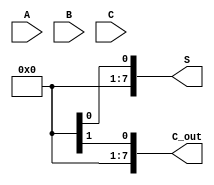
module CarrySaveAdder #(parameter N = 8) (
    input  wire [N-1:0] A,     // First operand
    input  wire [N-1:0] B,     // Second operand
    input  wire [N-1:0] C,     // Third operand
    output wire [N-1:0] S,     // Final sum output
    output wire [N-1:0] C_out   // Final carry output
);

    // Intermediate signals for partial sums and carries
    wire [N-1:0] P_sum; // Partial sum
    wire [N-1:0] P_carry; // Partial carry

    // Generate partial sums and carries
    genvar i;
    generate
        for (i = 0; i < N; i = i + 1) begin : CSA
            assign P_sum[i] = A[i] ^ B[i] ^ C[i]; // Partial sum
            assign P_carry[i] = (A[i] & B[i]) | (B[i] & C[i]) | (C[i] & A[i]); // Partial carry
        end
    endgenerate

    // Reduction tree to combine partial sums and carries
    wire [N-1:0] R_sum; // Reduced sum
    wire [N-1:0] R_carry; // Reduced carry

    // Full adder for reduction
    generate
        for (i = 0; i < N-1; i = i + 1) begin : ReductionTree
            if (i == 0) begin
                assign R_sum[i] = P_sum[i]; // Start with the first partial sum
                assign R_carry[i] = P_carry[i]; // Start with the first partial carry
            end else begin
                assign R_sum[i] = R_sum[i-1] ^ P_sum[i]; // Combine with previous sum
                assign R_carry[i] = (R_sum[i-1] & P_sum[i]) | P_carry[i]; // Combine carries
            end
        end
    endgenerate

    // Final output
    assign S = R_sum[N-1]; // Final sum
    assign C_out = R_carry[N-1]; // Final carry out

endmodule